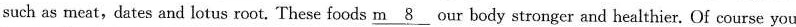
such as meat,dates and lotus root. These foods \underline{m8} our body stronger and healthier. Of course you